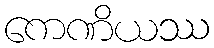
ကေဏိယဿ